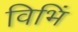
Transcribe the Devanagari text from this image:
विभिं